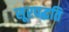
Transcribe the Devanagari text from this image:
सूरपद्धति